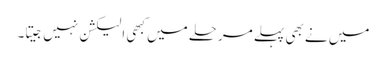
میں نے بھی پہلے مرحلے میں کبھی الیکشن نہیں جیتا۔